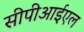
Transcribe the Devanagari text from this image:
सीपीआईएल